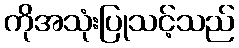
ကိုအသုံးပြုသင့်သည်